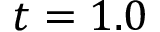
t = 1 . 0